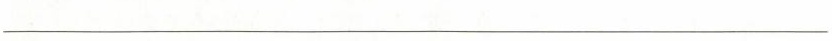
___